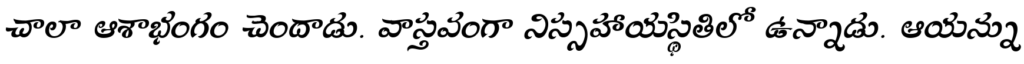
చాలా ఆశాభంగం చెందాడు. వాస్తవంగా నిస్సహాయస్థితిలో ఉన్నాడు. ఆయన్ను